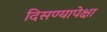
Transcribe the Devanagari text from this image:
दिसण्यापेक्षा